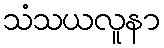
သံသယလူနာ